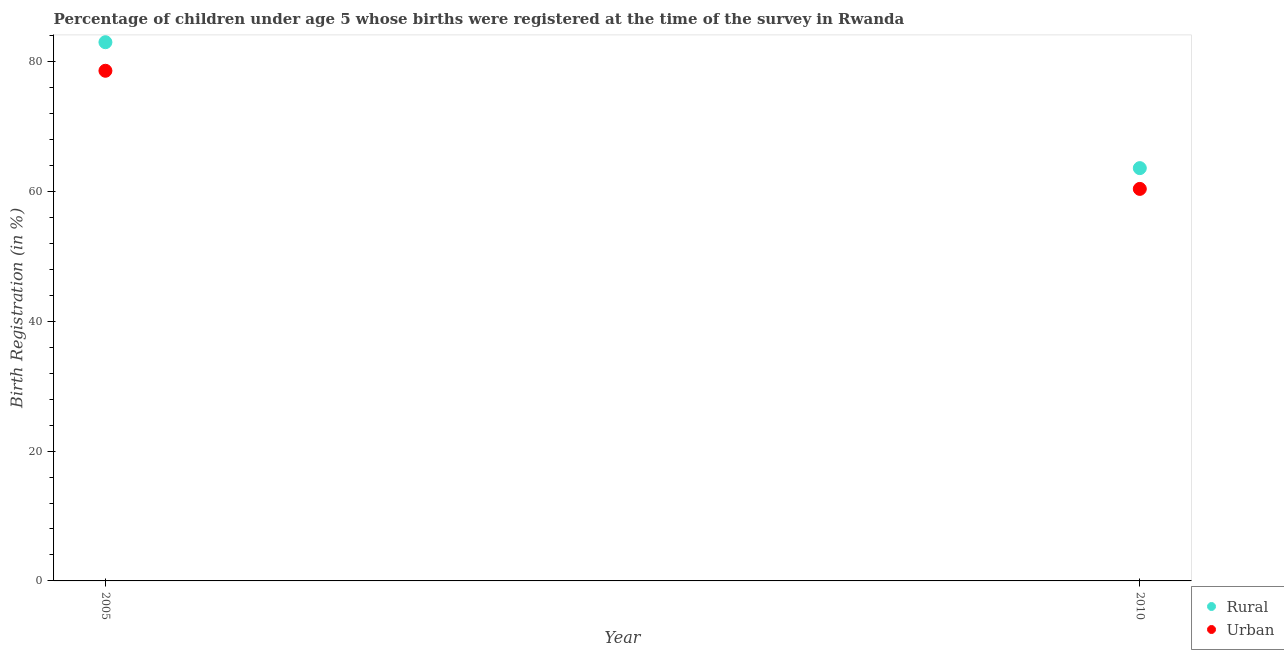
| Year | Rural | Urban |
 | --- | --- | --- |
 | 2005 | 83 | 78.6 |
 | 2010 | 63.6 | 60.4 |